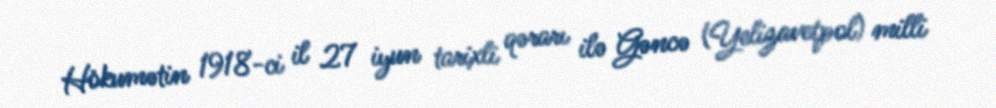
Hökumətin 1918-ci il 27 iyun tarixli qərarı ilə Gəncə (Yelizavetpol) milli